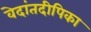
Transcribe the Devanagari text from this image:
वेदांतदीपिका